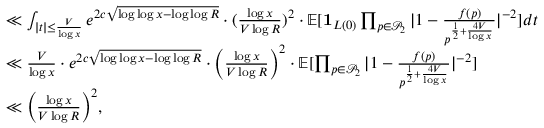
\begin{array} { r l } & { \ll \int _ { | t | \le \frac { V } { \log x } } e ^ { 2 c \sqrt { \log \log x - \log \log R } } \cdot ( \frac { \log x } { V \log R } ) ^ { 2 } \cdot \mathbb E [ \mathbf { 1 } _ { L ( 0 ) } \prod _ { p \in \mathcal { P } _ { 2 } } | 1 - \frac { f ( p ) } { p ^ { \frac { 1 } { 2 } + \frac { 4 V } { \log x } } } | ^ { - 2 } ] d t } \\ & { \ll \frac { V } { \log x } \cdot e ^ { 2 c \sqrt { \log \log x - \log \log R } } \cdot \Big ( \frac { \log x } { V \log R } \Big ) ^ { 2 } \cdot \mathbb E [ \prod _ { p \in \mathcal { P } _ { 2 } } | 1 - \frac { f ( p ) } { p ^ { \frac { 1 } { 2 } + \frac { 4 V } { \log x } } } | ^ { - 2 } ] } \\ & { \ll \Big ( \frac { \log x } { V \log R } \Big ) ^ { 2 } , } \end{array}